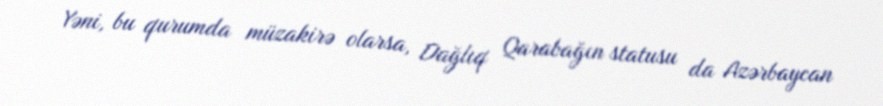
Yəni, bu qurumda müzakirə olarsa, Dağlıq Qarabağın statusu da Azərbaycan